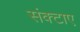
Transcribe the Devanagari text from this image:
संक्टाए